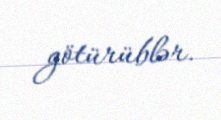
götürüblər.